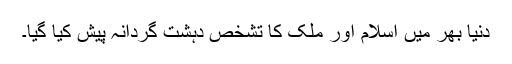
دنیا بھر میں اسلام اور ملک کا تشخص دہشت گردانہ پیش کیا گیا۔